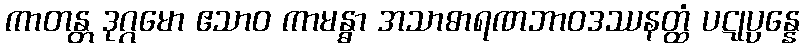
ကာတန္တ ဒုဂ္ဂမော ဧသာဝ ကာမန္ဓာ အသာဓာရဏဘာဝဒဿနတ္ထံ ပဋုပ္ပန္နေ